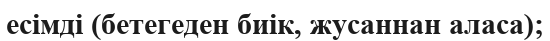
есімді (бетегеден биік, жусаннан аласа);